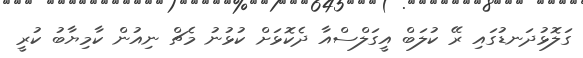
ގަލޮޅުދަނޑުގައި ރޭ ކުލަބް އީގަލްސްއާ ދެކޮޅަށް ކުޅުނު މެޗް ނިއުން ކާމިޔާބު ކުރީ